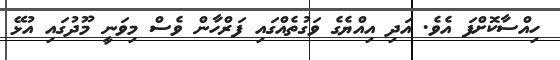
ހިއްސާކޮށްފަ އެވެ. އަދި އިއްޔެގެ ވަގުތެއްގައި ފަރްހާން ވެސް މިވަނީ މޫދުގައި އުޅޭ